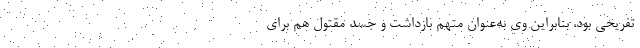
تفریحی بود، بنابراین وی به‌عنوان متهم بازداشت و جسد مقتول هم برای